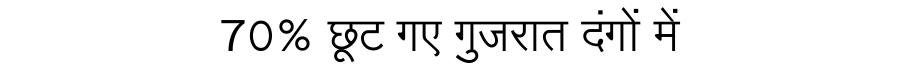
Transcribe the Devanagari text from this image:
70% छूट गए गुजरात दंगों में